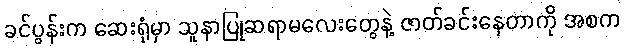
ခင်ပွန်းက ဆေးရုံမှာ သူနာပြုဆရာမလေးတွေနဲ့ ဇာတ်ခင်းနေတာကို အစက